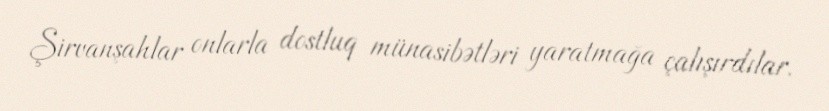
Şirvanşahlar onlarla dostluq münasibətləri yaratmağa çalışırdılar.